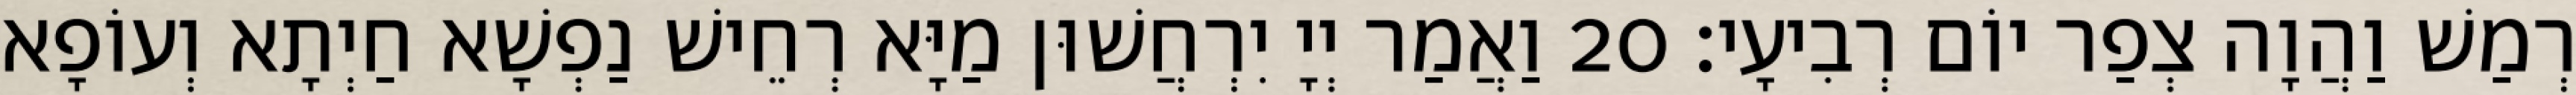
רְמַשׁ וַהֲוָה צְפַר יוֹם רְבִיעָי׃ 20 וַאֲמַר יְיָ יִרְחֲשׁוּן מַיָּא רְחֵישׁ נַפְשָׁא חַיְתָא וְעוֹפָא